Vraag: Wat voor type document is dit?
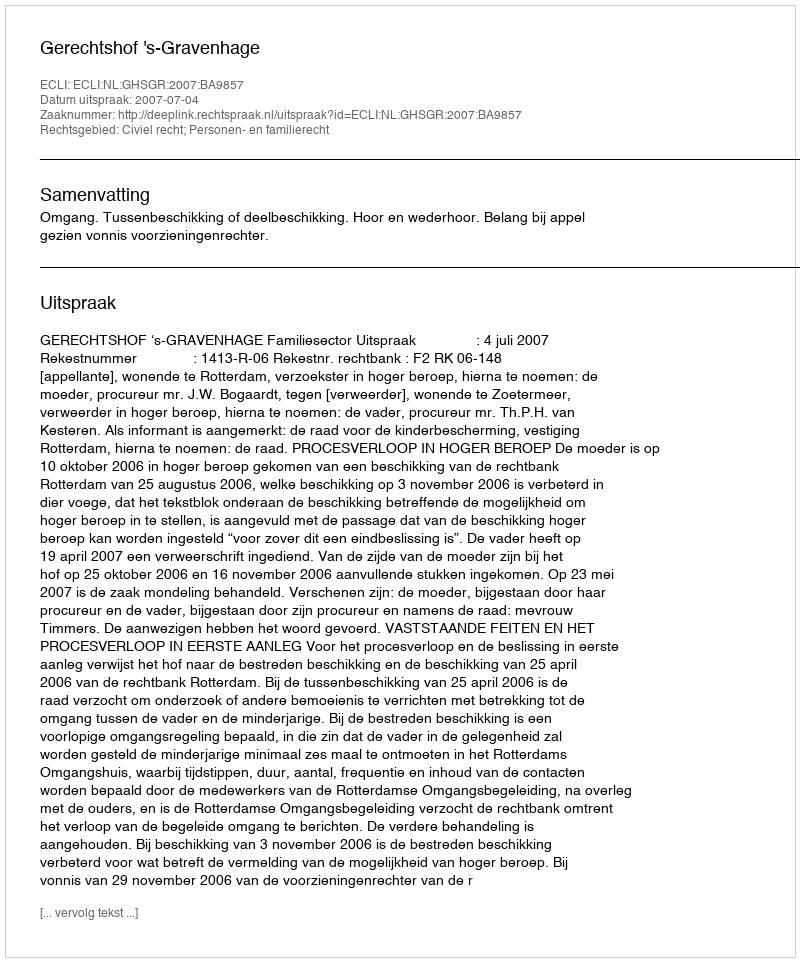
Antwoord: Uitspraak